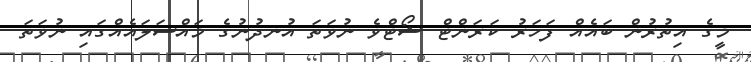
މީގެ އިތުރުން ބައެއް ފަހަރު ކަރަންޓް ޝޯޓްވެ ނުވަތަ އުނދުނުގެ މައްސަލައެއްގައި ނުވަތަ